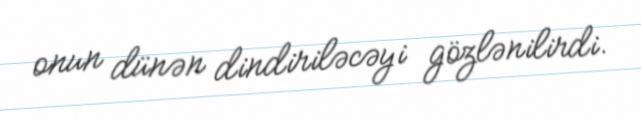
onun dünən dindiriləcəyi gözlənilirdi.